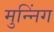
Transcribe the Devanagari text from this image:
मुन्निंग